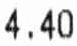
4.40